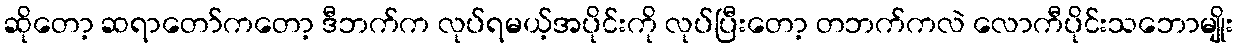
ဆိုတော့ ဆရာတော်ကတော့ ဒီဘက်က လုပ်ရမယ့်အပိုင်းကို လုပ်ပြီးတော့ တဘက်ကလဲ လောကီပိုင်းသဘောမျိုး